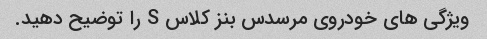
ویژگی های خودروی مرسدس بنز کلاس S را توضیح دهید.